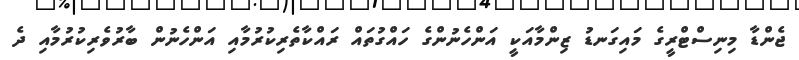
ޖެންޑާ މިނިސްޓްރީގެ މައިގަނޑު ޒިންމާއަކީ އަންހެނުންގެ ހައްގުތައް ރައްކާތެރިކުރުމާއި އަންހެނުން ބާރުވެރިކުރުމާއި ދެ